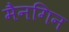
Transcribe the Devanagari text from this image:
मैनगिन